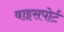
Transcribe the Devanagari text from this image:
वाइसपोर्ट